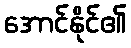
အောင်နိုင်၏